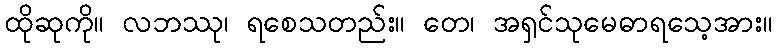
ထိုဆုကို။ လဘဿု၊ ရစေသတည်း။ တေ၊ အရှင်သုမေဓာရသေ့အား။